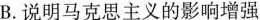
B.说明马克思主义的影响增强